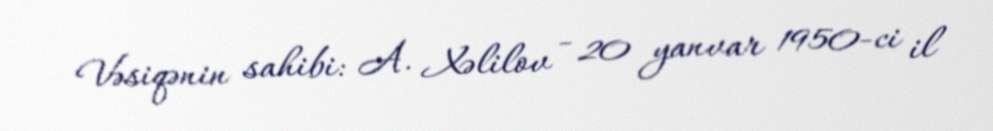
Vəsiqənin sahibi: A. Xəlilov - 20 yanvar 1950-ci il